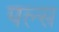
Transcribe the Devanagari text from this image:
पल्‍स